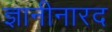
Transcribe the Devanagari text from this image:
ज्ञानीनारद